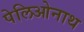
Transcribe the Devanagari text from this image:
पेलिओनाथ